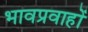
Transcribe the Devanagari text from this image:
भावप्रवाहों